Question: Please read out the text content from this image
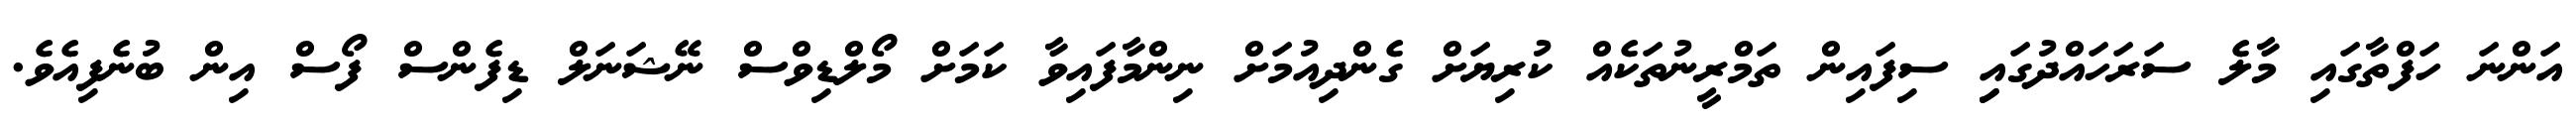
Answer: އަންނަ ހަފްތާގައި މާލެ ސަރަހައްދުގައިި ސިފައިން ތަމްރީނުތަކެއް ކުރިޔަށް ގެންދިއުމަށް ނިންމާފައިވާ ކަމަށް މޯލްޑިވްސް ނޭޝަނަލް ޑިފެންސް ފޯސް އިން ބުނެފިއެވެ.